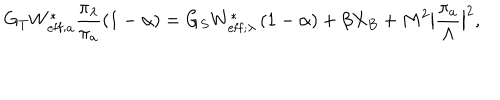
G _ { T } W _ { \mathrm { e f f } ; a } ^ { \ast } \frac { \pi _ { \lambda } } { \pi _ { a } } \left( 1 - \alpha \right) = G _ { S } W _ { \mathrm { e f f } ; \lambda } ^ { \ast } \left( 1 - \alpha \right) + \beta X _ { B } + M ^ { 2 } \big | \frac { \pi _ { a } } { \Lambda } \big | ^ { 2 } ,